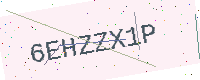
Text: 6EHZZX1P